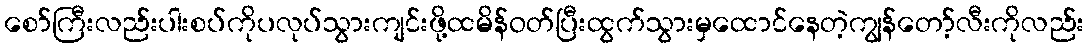
စော်ကြီးလည်းပါးစပ်ကိုပလုပ်သွားကျင်းဖို့ထမိန်ဝတ်ပြီးထွက်သွားမှထောင်နေတဲ့ကျွန်တော့်လီးကိုလည်း